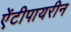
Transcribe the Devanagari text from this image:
ऐंटीपायरीन